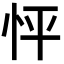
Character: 怦